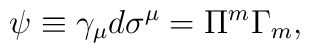
\psi \equiv \gamma_\mu d\sigma^\mu = \Pi^m \Gamma_m,